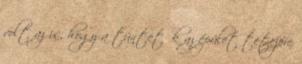
volt az is, hogy a tüntetők az épület tetejére